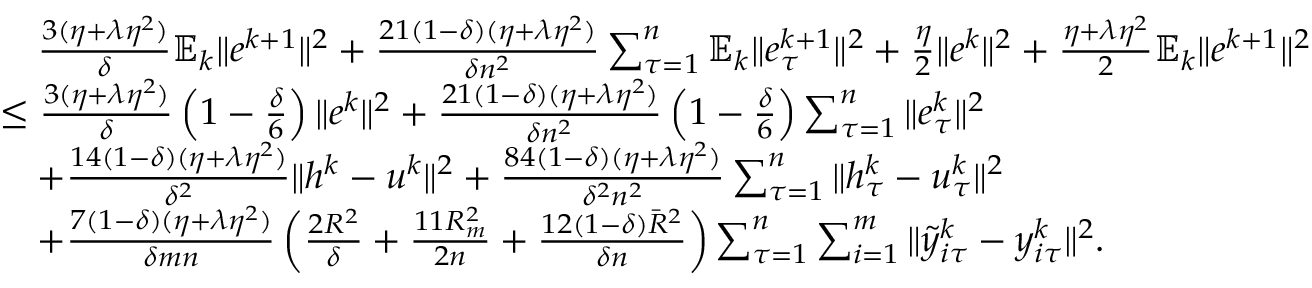
\begin{array} { r l } & { \quad \frac { 3 ( \eta + \lambda \eta ^ { 2 } ) } { \delta } \mathbb { E } _ { k } \| e ^ { k + 1 } \| ^ { 2 } + \frac { 2 1 ( 1 - \delta ) ( \eta + \lambda \eta ^ { 2 } ) } { \delta n ^ { 2 } } \sum _ { \tau = 1 } ^ { n } \mathbb { E } _ { k } \| e _ { \tau } ^ { k + 1 } \| ^ { 2 } + \frac { \eta } { 2 } \| e ^ { k } \| ^ { 2 } + \frac { \eta + \lambda \eta ^ { 2 } } { 2 } \mathbb { E } _ { k } \| e ^ { k + 1 } \| ^ { 2 } } \\ & { \leq \frac { 3 ( \eta + \lambda \eta ^ { 2 } ) } { \delta } \left( 1 - \frac { \delta } { 6 } \right) \| e ^ { k } \| ^ { 2 } + \frac { 2 1 ( 1 - \delta ) ( \eta + \lambda \eta ^ { 2 } ) } { \delta n ^ { 2 } } \left( 1 - \frac { \delta } { 6 } \right) \sum _ { \tau = 1 } ^ { n } \| e _ { \tau } ^ { k } \| ^ { 2 } } \\ & { \quad + \frac { 1 4 ( 1 - \delta ) ( \eta + \lambda \eta ^ { 2 } ) } { \delta ^ { 2 } } \| h ^ { k } - u ^ { k } \| ^ { 2 } + \frac { 8 4 ( 1 - \delta ) ( \eta + \lambda \eta ^ { 2 } ) } { \delta ^ { 2 } n ^ { 2 } } \sum _ { \tau = 1 } ^ { n } \| h _ { \tau } ^ { k } - u _ { \tau } ^ { k } \| ^ { 2 } } \\ & { \quad + \frac { 7 ( 1 - \delta ) ( \eta + \lambda \eta ^ { 2 } ) } { \delta m n } \left( \frac { 2 R ^ { 2 } } { \delta } + \frac { 1 1 R _ { m } ^ { 2 } } { 2 n } + \frac { 1 2 ( 1 - \delta ) { \bar { R } } ^ { 2 } } { \delta n } \right) \sum _ { \tau = 1 } ^ { n } \sum _ { i = 1 } ^ { m } \| { \tilde { y } } _ { i \tau } ^ { k } - y _ { i \tau } ^ { k } \| ^ { 2 } . } \end{array}